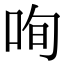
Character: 咰